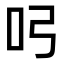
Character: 𭇂